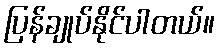
ပြန်ချုပ်နိုင်ပါတယ်။